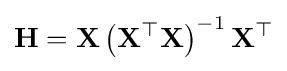
\mathbf {H} =\mathbf {X} \left(\mathbf {X} ^{\top }\mathbf {X} \right)^{-1}\mathbf {X} ^{\top }